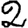
Digit: 2